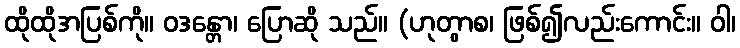
ထိုထိုအပြစ်ကို။ ဝဒန္တော၊ ပြောဆို သည်။ (ဟုတွာစ၊ ဖြစ်၍လည်းကောင်း။ ဝါ၊